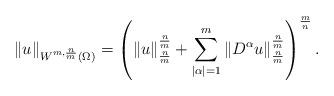
LaTeX: \begin{align*} \|u\|_{W^{m,\frac{n}{m}}(\Omega)}= \left( \|u\|^{\frac{n}{m}}_{\frac{n}{m}} + \sum_{|\alpha|=1}^m \|D^{\alpha} u\|^{\frac{n}{m}}_{\frac{n}{m}}\right)^{\frac{m}{n}}. \end{align*}